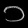
Digit: ၁